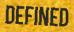
DEFINED